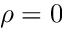
\rho = 0